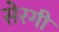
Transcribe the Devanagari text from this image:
सेरगी